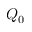
Q _ { 0 }